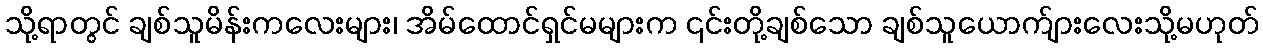
သို့ရာတွင် ချစ်သူမိန်းကလေးများ၊ အိမ်ထောင်ရှင်မများက ၎င်းတို့ချစ်သော ချစ်သူယောက်ျားလေးသို့မဟုတ်